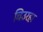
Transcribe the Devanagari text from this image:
चिउरहा